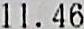
11.46